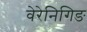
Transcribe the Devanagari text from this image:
वेरेनिगिङ